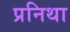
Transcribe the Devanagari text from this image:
प्रनिथा